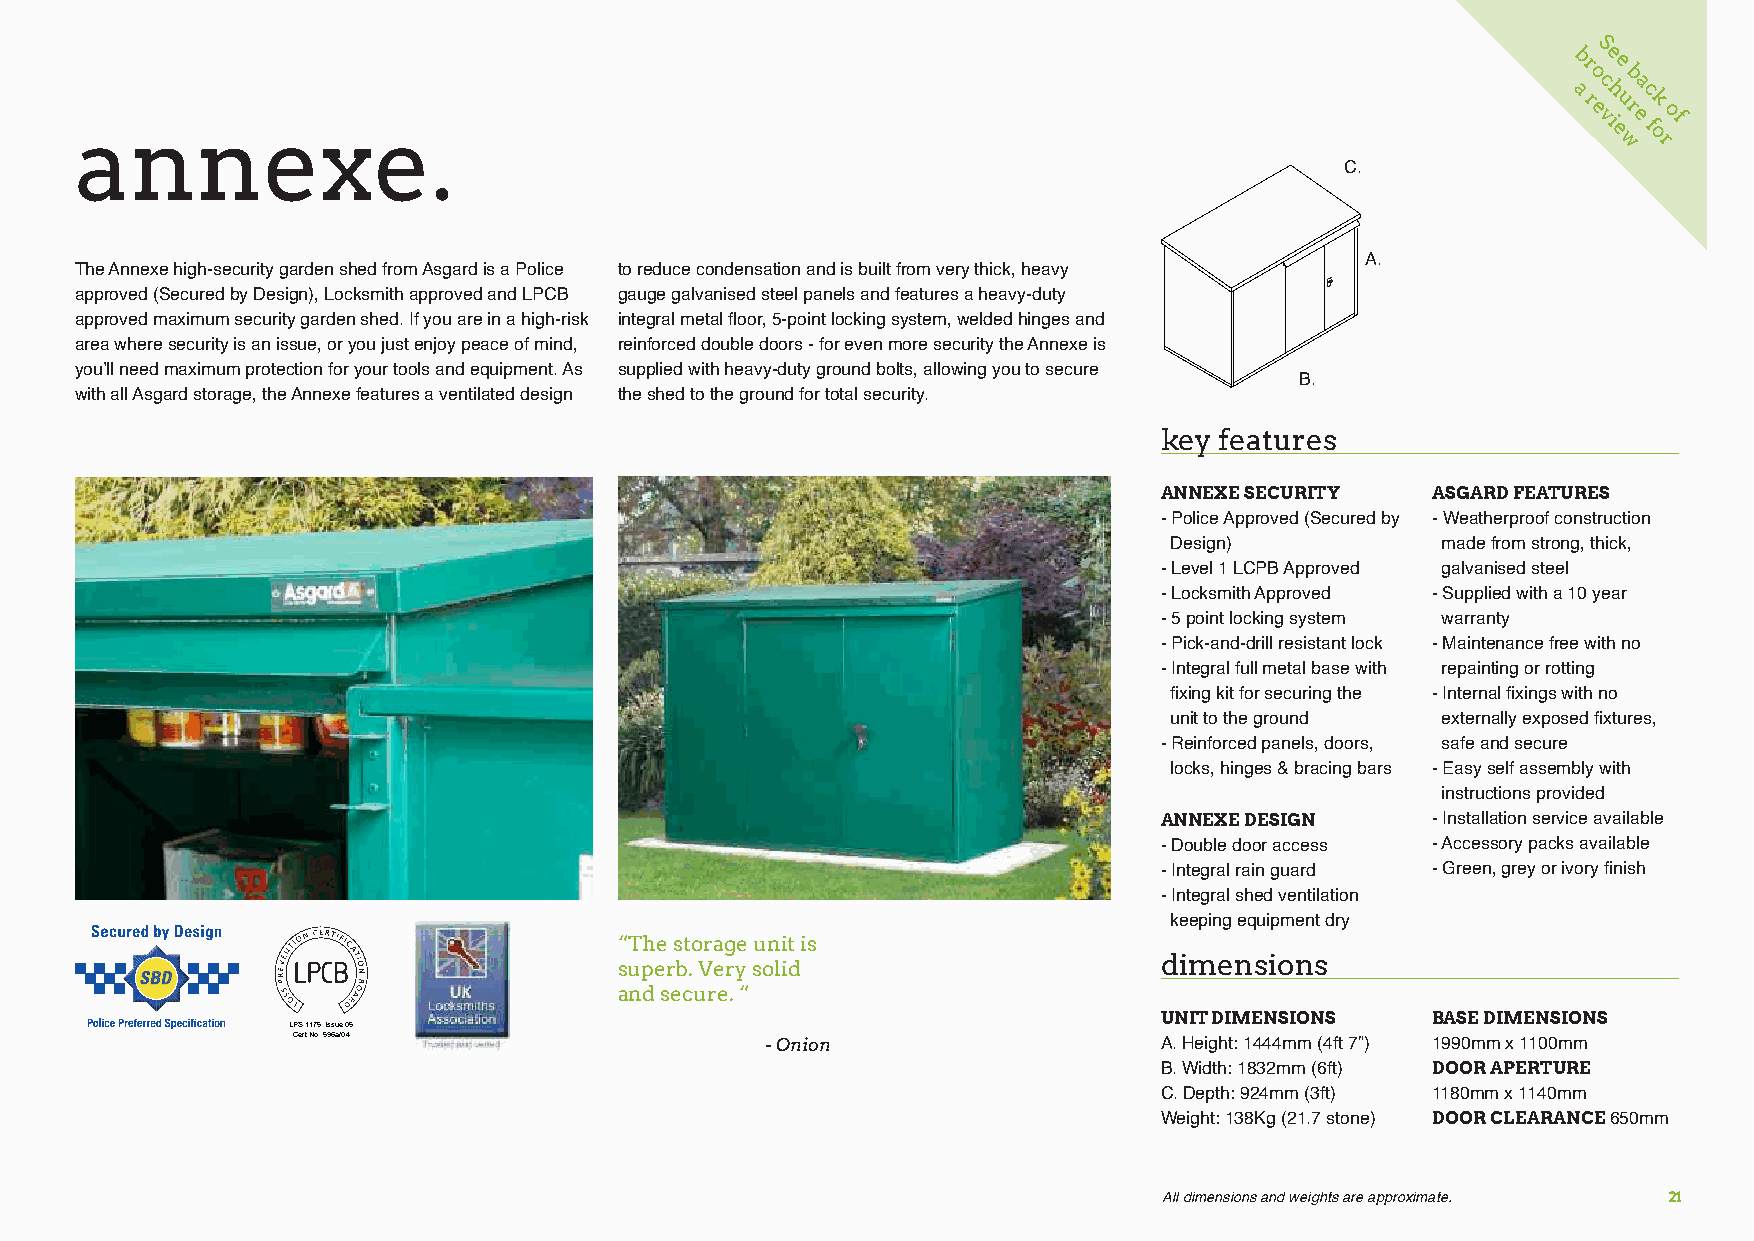
S
 b re e
 o b
 c a
 annexe.
 a
 r
 e
 vh
 i
 eu
 r e
 c
 f
 ok
 of
 w  r
 C.
 A.
 The Annexe high-security garden shed from Asgard is a Police to reduce condensation and is built from very thick, heavy
 approved (Secured by Design), Locksmith approved and LPCB gauge galvanised steel panels and features a heavy-duty
 approved maximum security garden shed. If you are in a high-risk integral metal floor, 5-point locking system, welded hinges and
 area where security is an issue, or you just enjoy peace of mind, reinforced double doors - for even more security the Annexe is
 you’ll need maximum protection for your tools and equipment. As supplied with heavy-duty ground bolts, allowing you to secure
 B.
 with all Asgard storage, the Annexe features a ventilated design the shed to the ground for total security.
 key features
 ANNEXE SECURITY   ASGARD FEATURES
 - Police Approved (Secured by - Weatherproof construction
 Design)          made from strong, thick,
 - Level 1 LCPB Approved galvanised steel
 - Locksmith Approved - Supplied with a 10 year
 - 5 point locking system warranty
 - Pick-and-drill resistant lock - Maintenance free with no
 - Integral full metal base with repainting or rotting
 fixing kit for securing the - Internal fixings with no
 unit to the ground externally exposed fixtures,
 - Reinforced panels, doors, safe and secure
 locks, hinges & bracing bars - Easy self assembly with
 instructions provided
 ANNEXE DESIGN     - Installation service available
 - Double door access - Accessory packs available
 L CPS er t1 1 N7 o5 . : 5 I 9s 6su ae /0 0 25 L CPS er t1 1 N7 o5 . : 5 I 9s 6su be /0 0 27 - Integral rain guard - Green, grey or ivory finish
 CLASSIC (HIGH SECURITY) GLADIATORS                         - Integral shed ventilation
 keeping equipment dry
 “The storage unit is
 dimensions
 superb. Very solid
 and secure. “
 UNIT DIMENSIONS   BASE DIMENSIONS
 LPS 1175: Issue 07 LPS 1175: Issue 05 LPS 1175: Issue 05
 Cert No. 596b/01 Cert No. 596a/04 Cert No. 596a/01 - Onion       A. Height: 1444mm (4ft 7”) 1990mm x 1100mm
 CENTURION ANNEXE CLASSIC (HIGH SECURITY)
 B. Width: 1832mm (6ft) DOOR APERTURE
 C. Depth: 924mm (3ft) 1180mm x 1140mm
 Weight: 138Kg (21.7 stone) DOOR CLEARANCE 650mm
 All dimensions and weights are approximate. 21